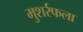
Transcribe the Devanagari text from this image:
मुशर्रफला